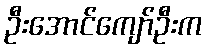
ဦးအောင်ကျော်ဦးက